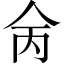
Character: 𠇮